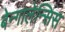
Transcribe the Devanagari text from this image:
बेन्गालेन्सिस